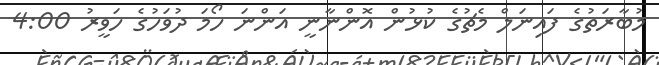
މުބާރަތުގެ ފައިނަލް މެޗުގެ ކުޅުން އޮންނާނީ އަންނަ ހޯމަ ދުވަހުގެ ހަވީރު 4:00